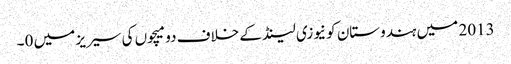
2013 میں ہندوستان کو نیوزی لینڈ کے خلاف دو میچوں کی سیریز میں 0۔